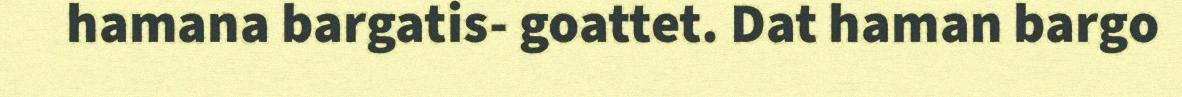
hamana bargatis- goattet. Dat haman bargo